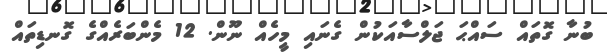
ބުނާ ގޮތައް ސައްޙަ ޖަލްސާއަކުން ގެނައި މީހެއް ނޫން. 12 މެންބަރެއްގެ ގޮނޑިތައް